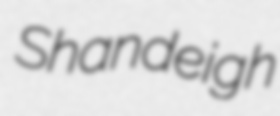
Shandeigh